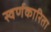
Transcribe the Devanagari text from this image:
स्वर्णकारिता